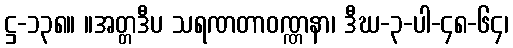
ဋ္ဌ-၁၃၈။ ။အတ္တဒီပ သရဏတာဝဏ္ဏနာ၊ ဒီဃ-၃-ပါ-၄၈-၆၄၊